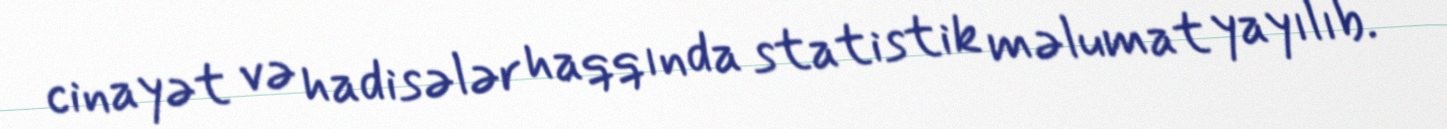
cinayət və hadisələr haqqında statistik məlumat yayılıb.